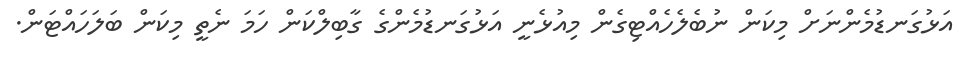
އަޅުގަނޑުމެންނަށް މިކަން ނުބެލެހެއްޓިގެން މިއުޅެނީ އަޅުގަނޑުމެންގެ ގާބިލްކަން ހަމަ ނެތީ މިކަން ބަލަހައްޓަން.